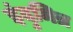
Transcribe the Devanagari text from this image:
इंदुमित्र